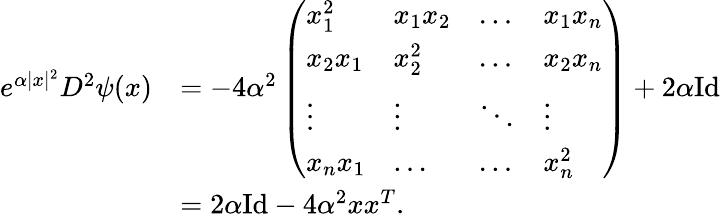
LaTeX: \begin{array}{rl}{e^{\alpha|x|^{2}}D^{2}\psi(x)}&{=-4\alpha^{2}\left(\begin{array}{llll}{x_{1}^{2}}&{x_{1}x_{2}}&{\dots}&{x_{1}x_{n}}\\ {x_{2}x_{1}}&{x_{2}^{2}}&{\dots}&{x_{2}x_{n}}\\ {\vdots}&{\vdots}&{\ddots}&{\vdots}\\ {x_{n}x_{1}}&{\dots}&{\dots}&{x_{n}^{2}}\end{array}\right)+2\alpha\mathrm{Id}}\\ &{=2\alpha\mathrm{Id}-4\alpha^{2}xx^{T}.}\end{array}